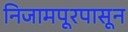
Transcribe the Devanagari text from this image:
निजामपूरपासून